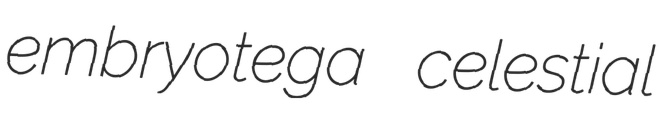
embryotega celestial